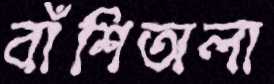
বাঁশিঅলা